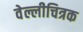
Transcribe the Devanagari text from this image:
वेल्लीचित्रक